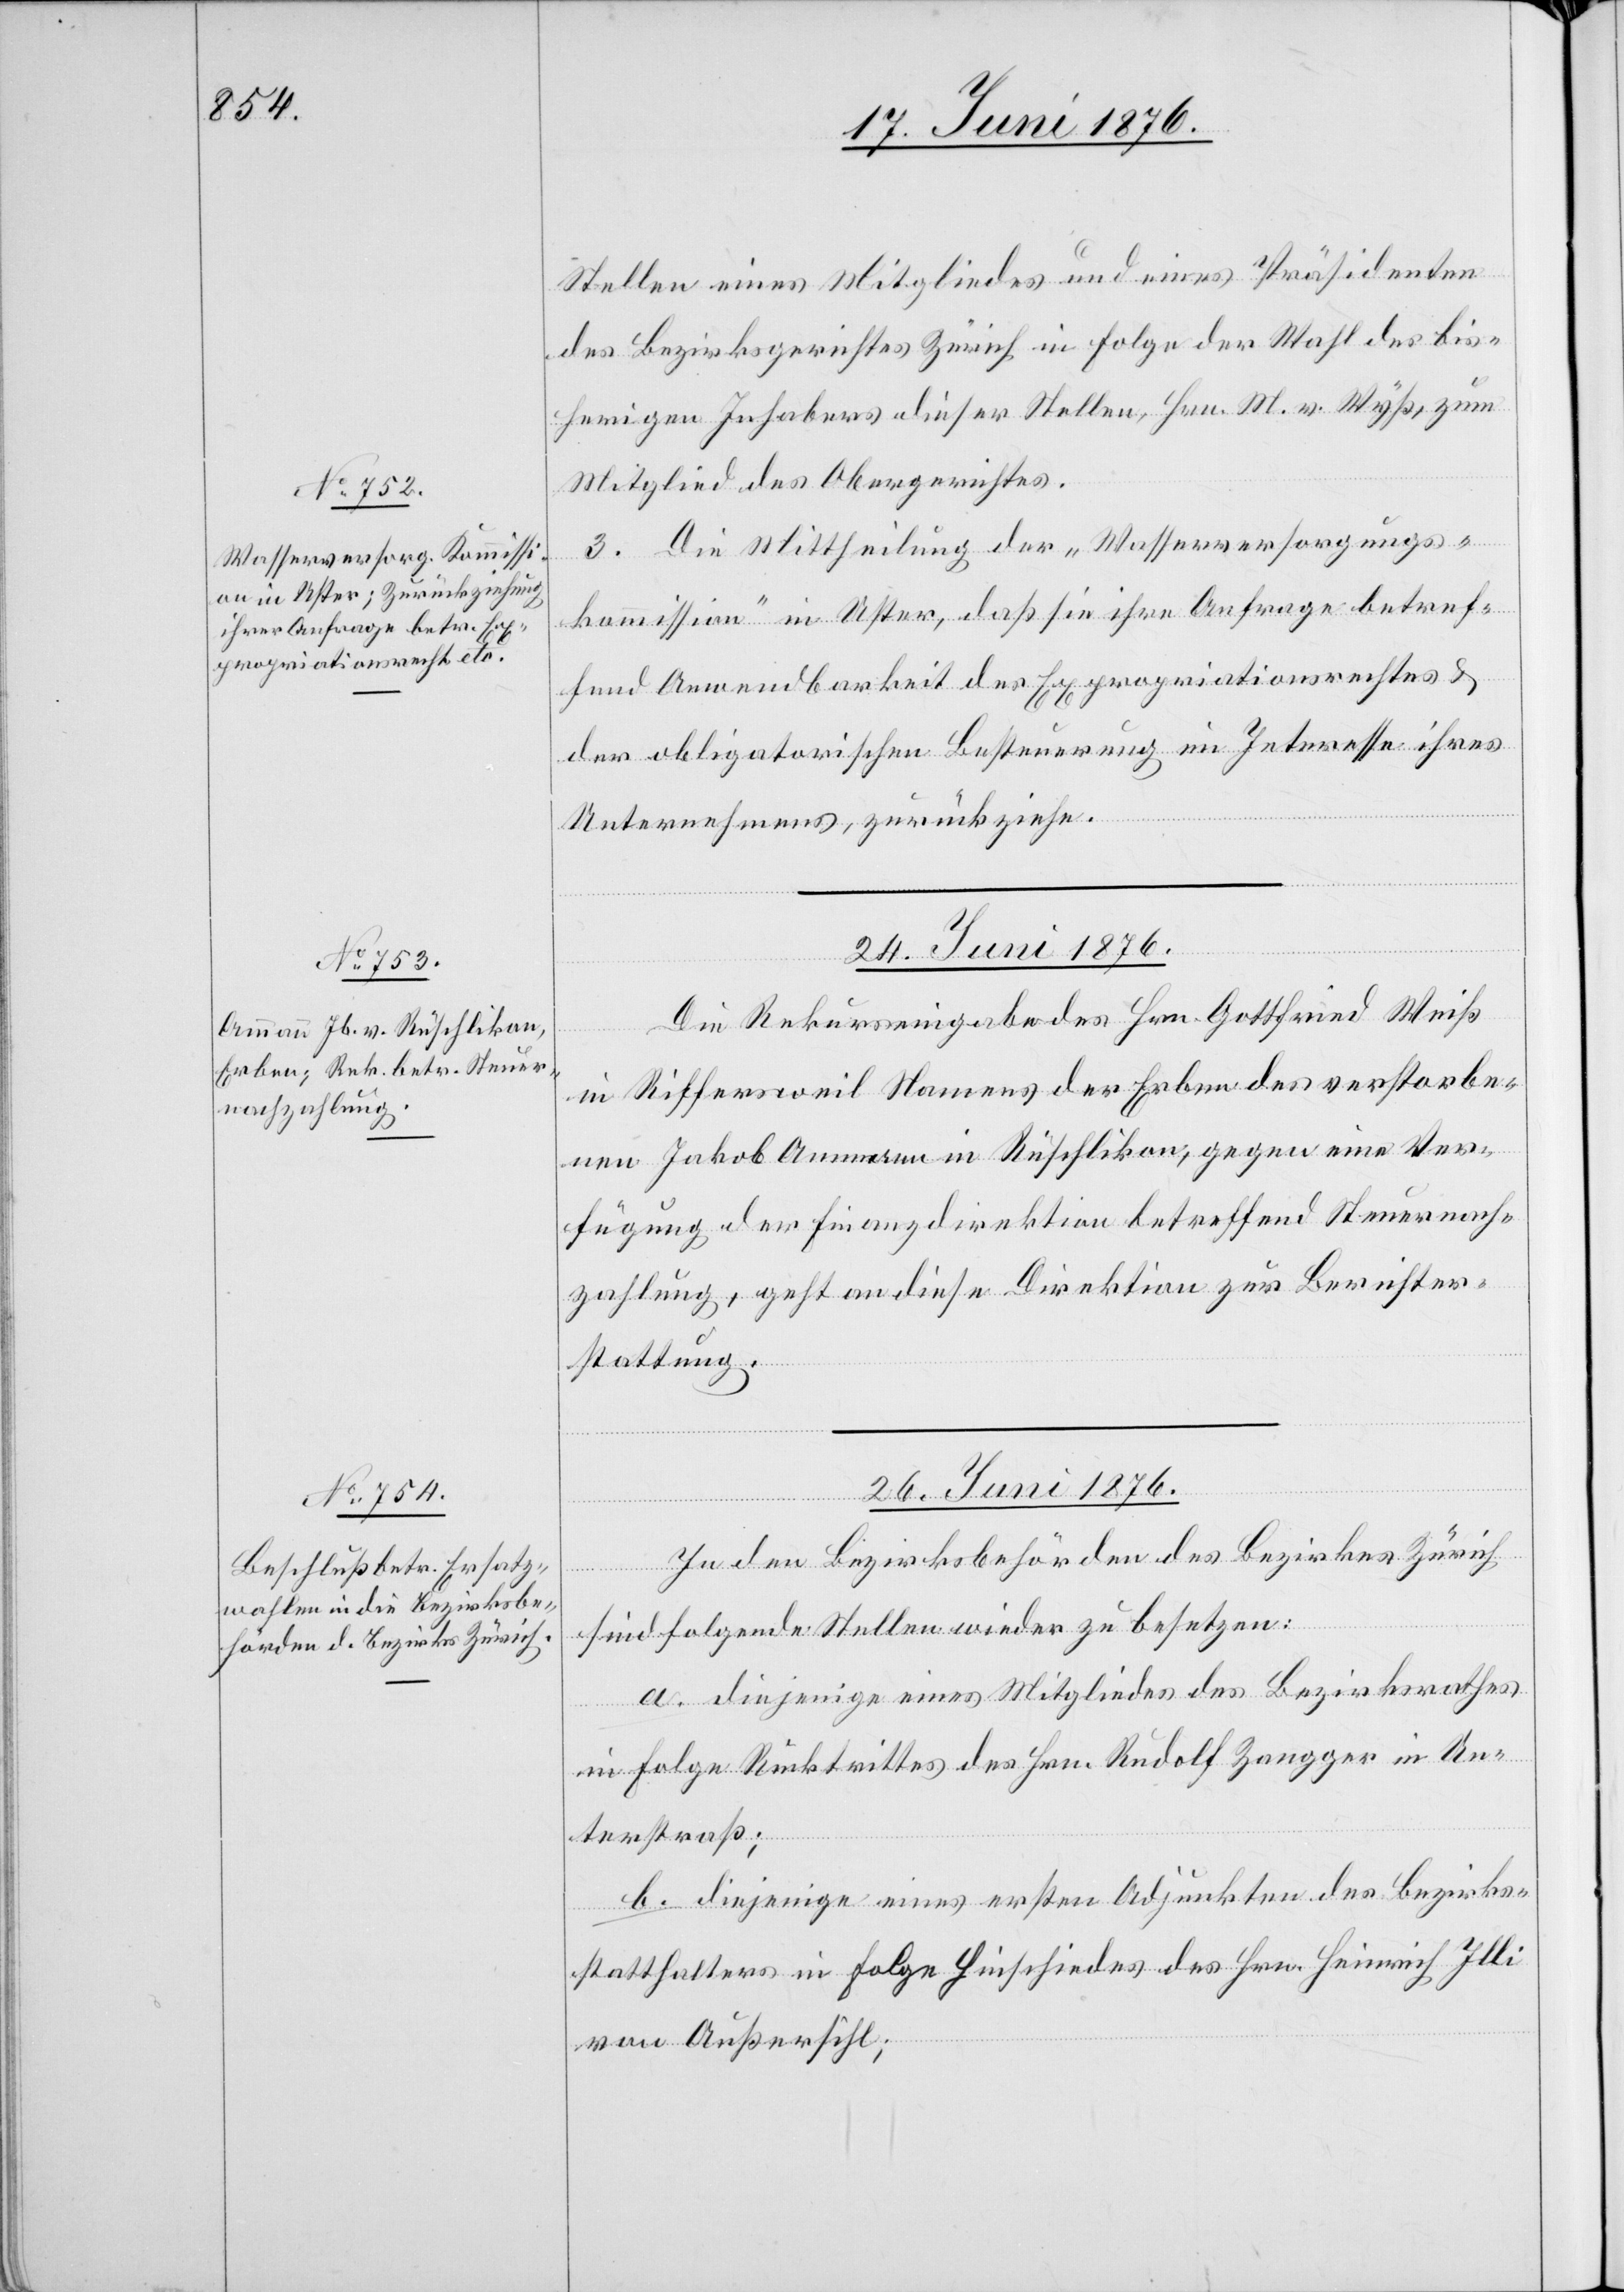
Stellen eines Mitgliedes und eines Präsidenten
des Bezirksgerichtes Zürich in Folge der Wahl des bis¬
herigen Inhabers dieser Stellen, Hrn. M. v. Wyß, zum
Mitglied des Obergerichts.
3. Die Mittheilung der „Wasserversorgungs¬
kommission“ in Uster, daß sie ihre Anfrage betref¬
fend Anwendbarkeit des Expropriationsrechtes &
der obligatorischen Besteuerung im Interesse ihres
Unternehmers, zurückziehe.
24. Juni 1876.
Die Rekurseingabe des Hrn. Gottfried Weiß
in Riffersweil Namens der Erben des verstorbe¬
nen Jakob Ammann in Rüschlikon, gegen eine Ver¬
fügung der Finanzdirektion betreffend Steuernach¬
zahlung, geht an diese Direktion zur Berichter¬
stattung.
26. Juni 1876.
[Fort¬
In den Bezirksbehörden des Bezirkes Zürich
sind folgende Stellen wieder zu besetzen:
a. diejenige eines Mitgliedes des Bezirksrathes
setzung
in Folge Rücktrittes des Hrn. Rudolf Zangger in Un¬
terstraß;
b. diejenige eines ersten Adjunkten des Bezirks¬
statthalters in Folge Hinschiedes des Hrn. Heinrich Illi
von Außersihl;